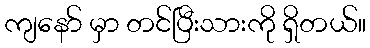
ကျနော် မှာ တင်ပြီးသားကို ရှိတယ်။